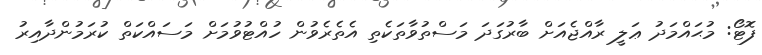
ފޮޓޯ: މުޙައްމަދު ޢަލީ ރާއްޖެއަށް ބާރުގަދަ މަސްތުވާތަކެތި އެތެރެވުން ހުއްޓުވުމަށް މަސައްކަތް ކުރަމުންދާއިރު